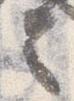
言